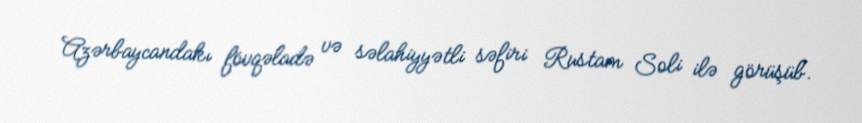
Azərbaycandakı fövqəladə və səlahiyyətli səfiri Rustam Soli ilə görüşüb.